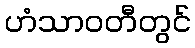
ဟံသာဝတီတွင်